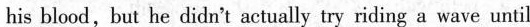
his blood,but he didn't actually try riding a wave until